Calcutta medical institutions reports 1879-81 [i.e.91]
Year: 1879
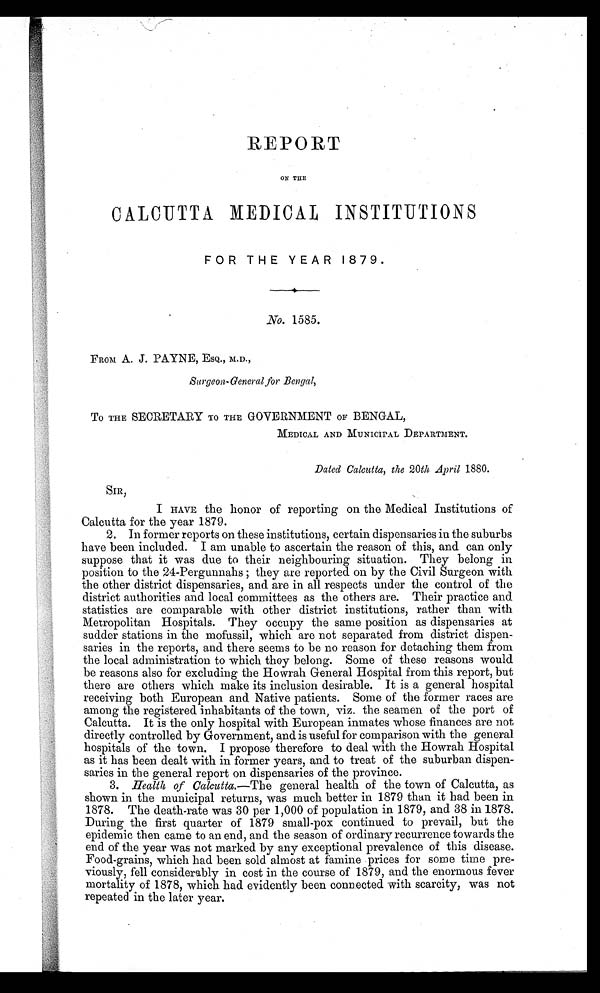
REPORT
ON THE
CALCUTTA MEDICAL INSTITUTIONS
FOR THE YEAR 1879.
No. 1585.
FROM A. J. PAYNE, ESQ., M.D.,
Surgeon-General for Bengal,
TO THE SECRETARY TO THE GOVERNMENT OF BENGAL,
MEDICAL AND MUNICIPAL DEPARTMENT.
Dated Calcutta, the 20th April 1880.
SIR,
I HAVE the honor of reporting on the Medical Institutions of
Calcutta for the year 1879.
2. In former reports on these institutions, certain dispensaries in the suburbs
have been included. I am unable to ascertain the reason of this, and can only
suppose that it was due to their neighbouring situation. They belong in
position to the 24-Pergunnahs; they are reported on by the Civil. Surgeon with
the other district dispensaries, and are in all respects under the control of the
district authorities and local committees as the others are. Their practice and
statistics are comparable with other district institutions, rather than with
Metropolitan Hospitals. They occupy the same position as dispensaries at
sudder stations in the mofussil, which are not separated from district dispen
- s a r i e s i n t h e r e p o r t s , a n d t h e r e s e e m s t o b e n o r e a s o n f o r d e t a c h i n g t h e m f r o m
the local administration to which they belong. Some of these reasons would
be reasons also for excluding the Howrah General Hóspital from this report, but
there are others which make its inclusion desirable. It is a general hospital
receiving both European and Native patients. Some of the former races are
among the registered inhabitants of the town, viz. the seamen of the port of
Calcutta. It is the only hospital with European inmates whose finances are not
directly controlled by Government, and is useful for comparison with the general
hospitals of the town. I propose therefore to deal with the Howrah Hospital
as it has been dealt with in former years, and to treat of the suburban dispen
- s a r i e s i n t h e g e n e r a l r e p o r t o n d i s p e n s a r i e s o f t h e p r o v i n c e .
3.
Health of Calcutta.—The general health of the town of Calcutta, as
shown in the municipal returns, was much better in 1879 than it had been in
1878. The death-rate was 30 per 1,000 of population in 1879, and 38 in 1878.
During the first quarter of 1879 small-pox continued to prevail, but the
epidemic then came to an end, and the season of ordinary recurrence towards the
end of the year was not marked by any exceptional prevalence of this disease.
Food-grains, which had been sold almost at famine prices for some time pre
- v i o u s l y , f e l l c o n s i d e r a b l y i n c o s t i n t h e c o u r s e o f 1 8 7 9 , a n d t h e e n o r m o u s f e v e r
mortality of 1878, which had evidently been connected with scarcity, was not
repeated in the later year.